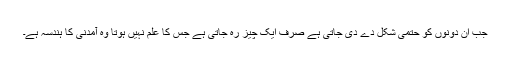
جب ان دونوں کو حتمی شکل دے دی جاتی ہے صرف ایک چیز رہ جاتی ہے جس کا علم نہیں ہوتا وہ آمدنی کا ہندسہ ہے۔